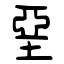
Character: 堊